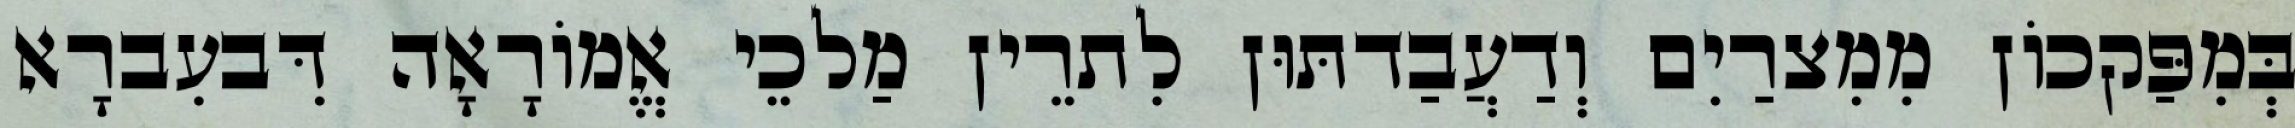
בְּמִפַּקכוֹן מִמִצרַיִם וְדַעֲבַדתּוּן לִתרֵין מַלכֵי אֱמוֹרָאָה דִּבעִברָא